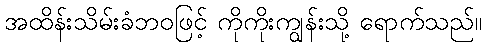
အထိန်းသိမ်းခံဘဝဖြင့် ကိုကိုးကျွန်းသို့ ရောက်သည်။